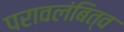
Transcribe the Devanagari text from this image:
परावलंबित्व